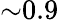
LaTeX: \mathord{\sim}0.9